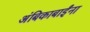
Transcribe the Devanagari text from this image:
अंबिकाबाईंना